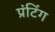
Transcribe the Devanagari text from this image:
प्रंटिंग